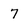
Character: 7